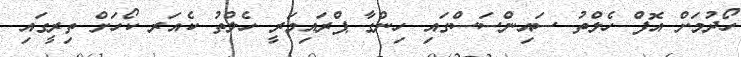
ހޯދުމަށް އޮފް ހެލްތު ސައިންސަސްގައި ހިންގާ ޕްރައިމަރީ ހެލްތު ކެއަރ ކޯހަށް ތިރީގައި